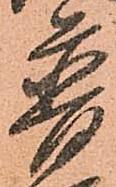
普